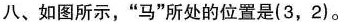
八、如图所示，”马”所处的位置是(3，2)。